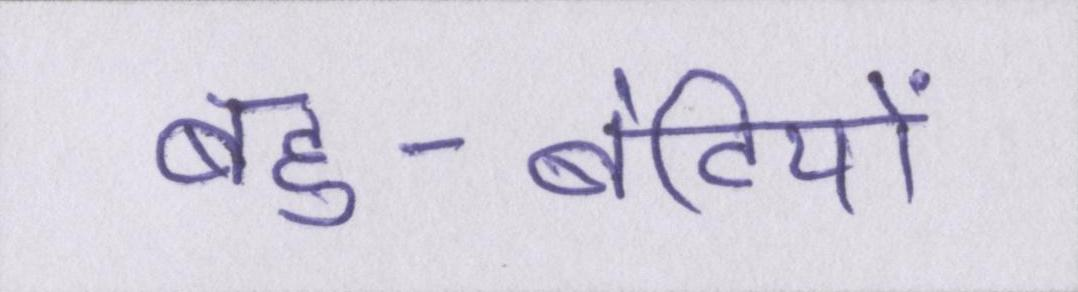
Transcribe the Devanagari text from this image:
बहु-बेटियों